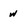
Character: w